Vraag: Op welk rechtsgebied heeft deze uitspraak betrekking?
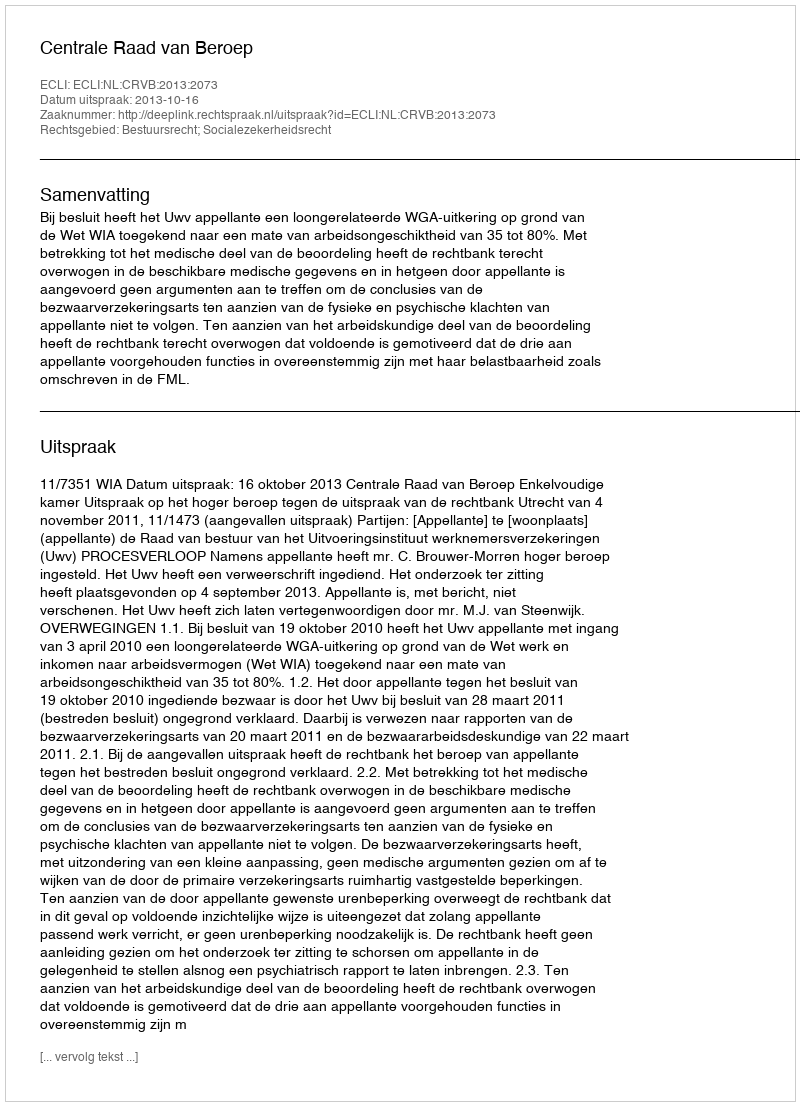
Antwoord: Bestuursrecht; Socialezekerheidsrecht